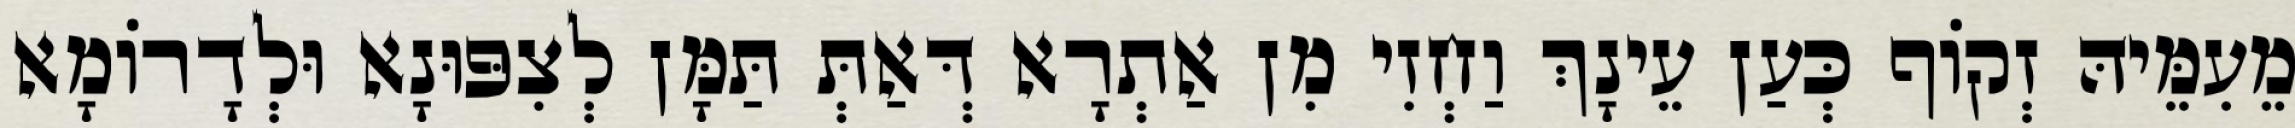
מֵעִמֵּיהּ זְקוֹף כְּעַן עֵינָךְ וַחְזִי מִן אַתְרָא דְּאַתְּ תַּמָּן לְצִפּוּנָא וּלְדָרוֹמָא